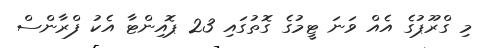
މި ގްރޫޕުގެ އެއް ވަނަ ޓީމުގެ ގޮތުގައި 23 ޕޮއިންޓާ އެކު ފްރާންސް